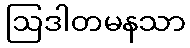
ဩဒါတမနသာ